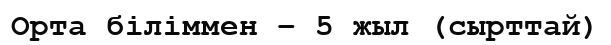
Орта біліммен – 5 жыл (сырттай)